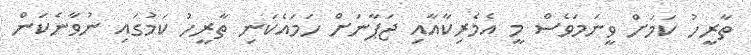
ތާރީހު ކަމަށް ވީނަމަވެސް މީ އެމެރިކާއާއި ޖަޕާނަށް ހަމައެކަނި ތާރީހު ކަމުގައި ނުވާނެކަން